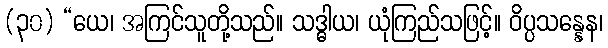
(၃၀) “ယေ၊ အကြင်သူတို့သည်။ သဒ္ဓါယ၊ ယုံကြည်သဖြင့်။ ဝိပ္ပသန္နေန၊